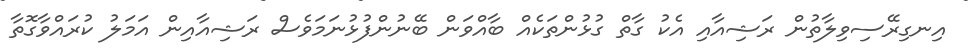
އިނގިރޭސިވިލާތުން ރަޝިއާއި އެކު ގާތް ގުޅުންތަކެއް ބާއްވަން ބޭނުންފުޅުނަމަވެސް ރަޝިއާއިން އަމަލު ކުރައްވާގޮތާ